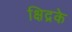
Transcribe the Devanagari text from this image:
क्षिद्रके